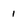
Character: 1